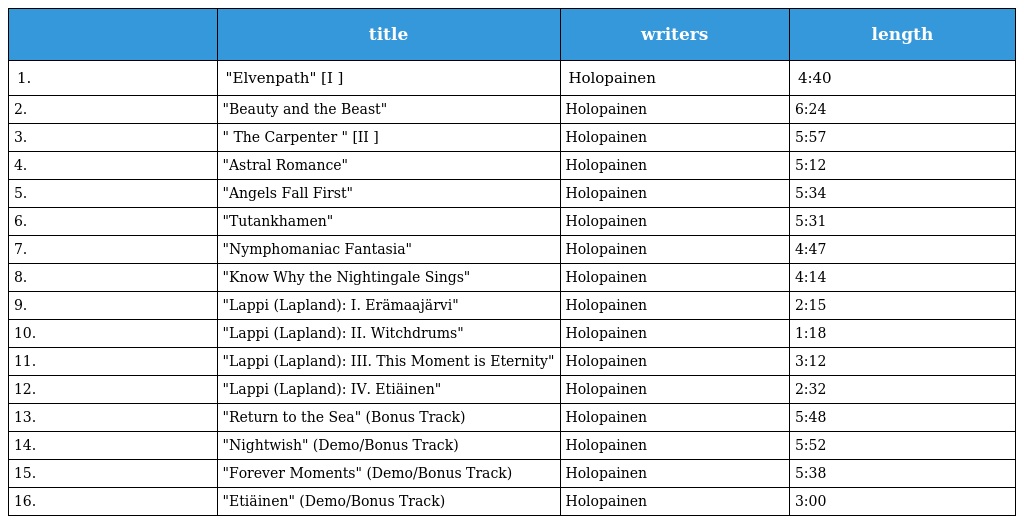
|  | title | writers | length |
 | --- | --- | --- | --- |
 | 1. | "Elvenpath" [I ] | Holopainen | 4:40 |
 | 2. | "Beauty and the Beast" | Holopainen | 6:24 |
 | 3. | " The Carpenter " [II ] | Holopainen | 5:57 |
 | 4. | "Astral Romance" | Holopainen | 5:12 |
 | 5. | "Angels Fall First" | Holopainen | 5:34 |
 | 6. | "Tutankhamen" | Holopainen | 5:31 |
 | 7. | "Nymphomaniac Fantasia" | Holopainen | 4:47 |
 | 8. | "Know Why the Nightingale Sings" | Holopainen | 4:14 |
 | 9. | "Lappi (Lapland): I. Erämaajärvi" | Holopainen | 2:15 |
 | 10. | "Lappi (Lapland): II. Witchdrums" | Holopainen | 1:18 |
 | 11. | "Lappi (Lapland): III. This Moment is Eternity" | Holopainen | 3:12 |
 | 12. | "Lappi (Lapland): IV. Etiäinen" | Holopainen | 2:32 |
 | 13. | "Return to the Sea" (Bonus Track) | Holopainen | 5:48 |
 | 14. | "Nightwish" (Demo/Bonus Track) | Holopainen | 5:52 |
 | 15. | "Forever Moments" (Demo/Bonus Track) | Holopainen | 5:38 |
 | 16. | "Etiäinen" (Demo/Bonus Track) | Holopainen | 3:00 |